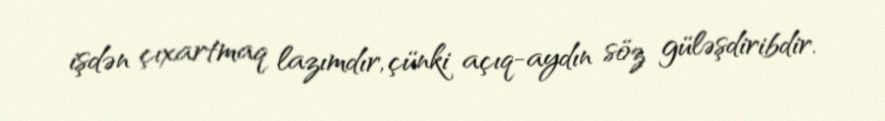
işdən çıxartmaq lazımdır, çünki açıq-aydın söz güləşdiribdir.